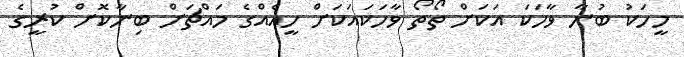
މީހަކު ބުނާ ވާހަކަ އަކަށް ތޯތޯ ވާހަކައަކަށް ހީއެއްގެ މައްޗަށް ބިނާކޮށް ކުރީގެ